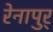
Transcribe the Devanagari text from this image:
रेनापुर्